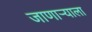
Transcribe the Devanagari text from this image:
जाणाऱ्याला